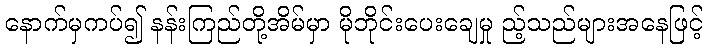
နောက်မှကပ်၍ နန်းကြည်တို့အိမ်မှာ မိုဘိုင်းပေးချေမှု ည့်သည်များအနေဖြင့်